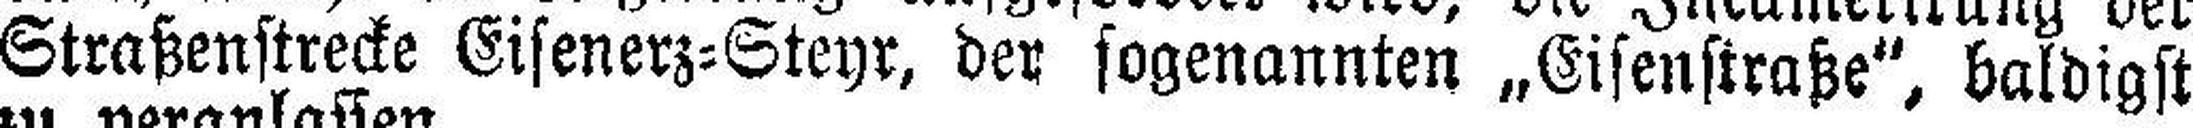
Straßenstrecke Eisenerz=Steyr, der sogenannten „Eisenstraße", baldigst